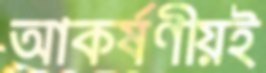
আকর্ষণীয়ই